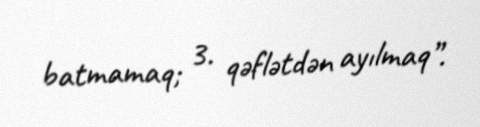
batmamaq; 3. qəflətdən ayılmaq”.